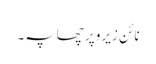
نائن زیرو پر چھاپہ۔